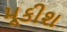
મૂકીશ